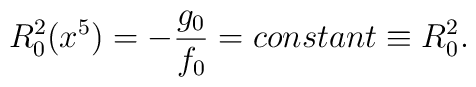
R^2_0(x^5) = -\frac{g_0}{f_0} =constant \equiv R^2_0  .